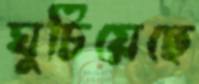
ঘুচিয়েছে